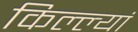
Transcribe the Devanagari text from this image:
किल्ल्यां